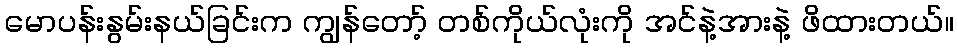
မောပန်းနွမ်းနယ်ခြင်းက ကျွန်တော့် တစ်ကိုယ်လုံးကို အင်နဲ့အားနဲ့ ဖိထားတယ်။